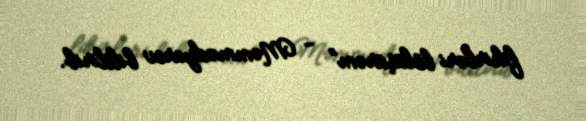
fikirləri bölüşürəm” - Məmmədyarov bildirib.